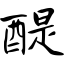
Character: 醍